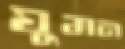
ঘুমন